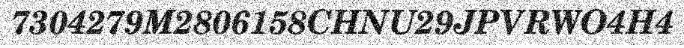
7304279M2806158CHNU29JPVRWO4H4